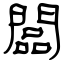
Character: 闆